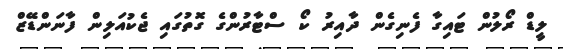
ލީޑް ރޯލުން ޓައިގާ ފެނިގެން ދާއިރު ކޯ ސްޓާރުންގެ ގޮތުގައި ޖެކުއަލިން ފާނަންޑޭޒް